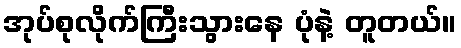
အုပ်စုလိုက်ကြီးသွားနေ ပုံနဲ့ တူတယ်။